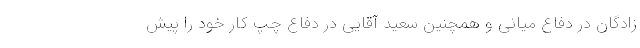
‌زادگان در دفاع میانی و همچنین سعید آقایی در دفاع چپ کار خود را پیش